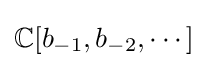
\mathbb {C} [b_{-1},b_{-2},\cdots ]